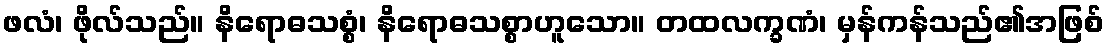
ဖလံ၊ ဖိုလ်သည်။ နိရောဓသစ္စံ၊ နိရောဓသစ္စာဟူသော။ တထလက္ခဏံ၊ မှန်ကန်သည်၏အဖြစ်